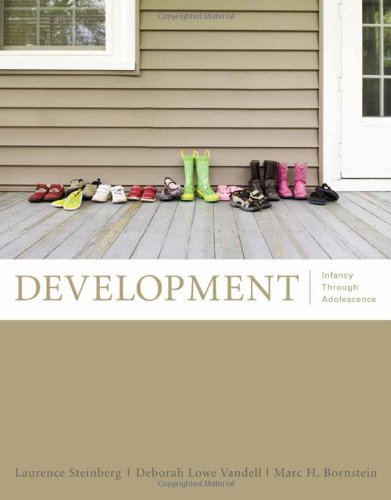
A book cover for Development: Infancy Through Adolescence (Available Titles CengageNOW); Laurence Steinberg; Medical Books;